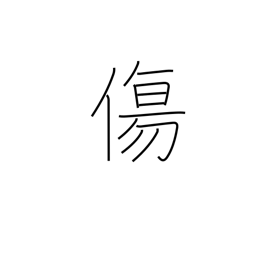
Meaning: weak point